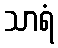
သာရံ